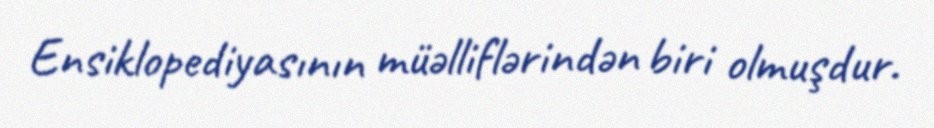
Ensiklopediyasının müəlliflərindən biri olmuşdur.